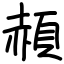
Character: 頳